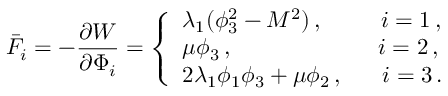
\bar { F } _ { i } = - \frac { \partial { \cal W } } { \partial \Phi _ { i } } = \left\{ \begin{array} { l } { { \lambda _ { 1 } ( \phi _ { 3 } ^ { 2 } - M ^ { 2 } ) \, , \, \, \, ~ ~ ~ ~ ~ ~ i = 1 \, , } } \\ { { \mu \phi _ { 3 } \, , \qquad ~ ~ ~ ~ ~ ~ ~ ~ ~ ~ ~ ~ ~ i = 2 \, , } } \\ { { 2 \lambda _ { 1 } \phi _ { 1 } \phi _ { 3 } + \mu \phi _ { 2 } \, , \, \, \, \, ~ ~ ~ i = 3 \, . } } \end{array} \right.